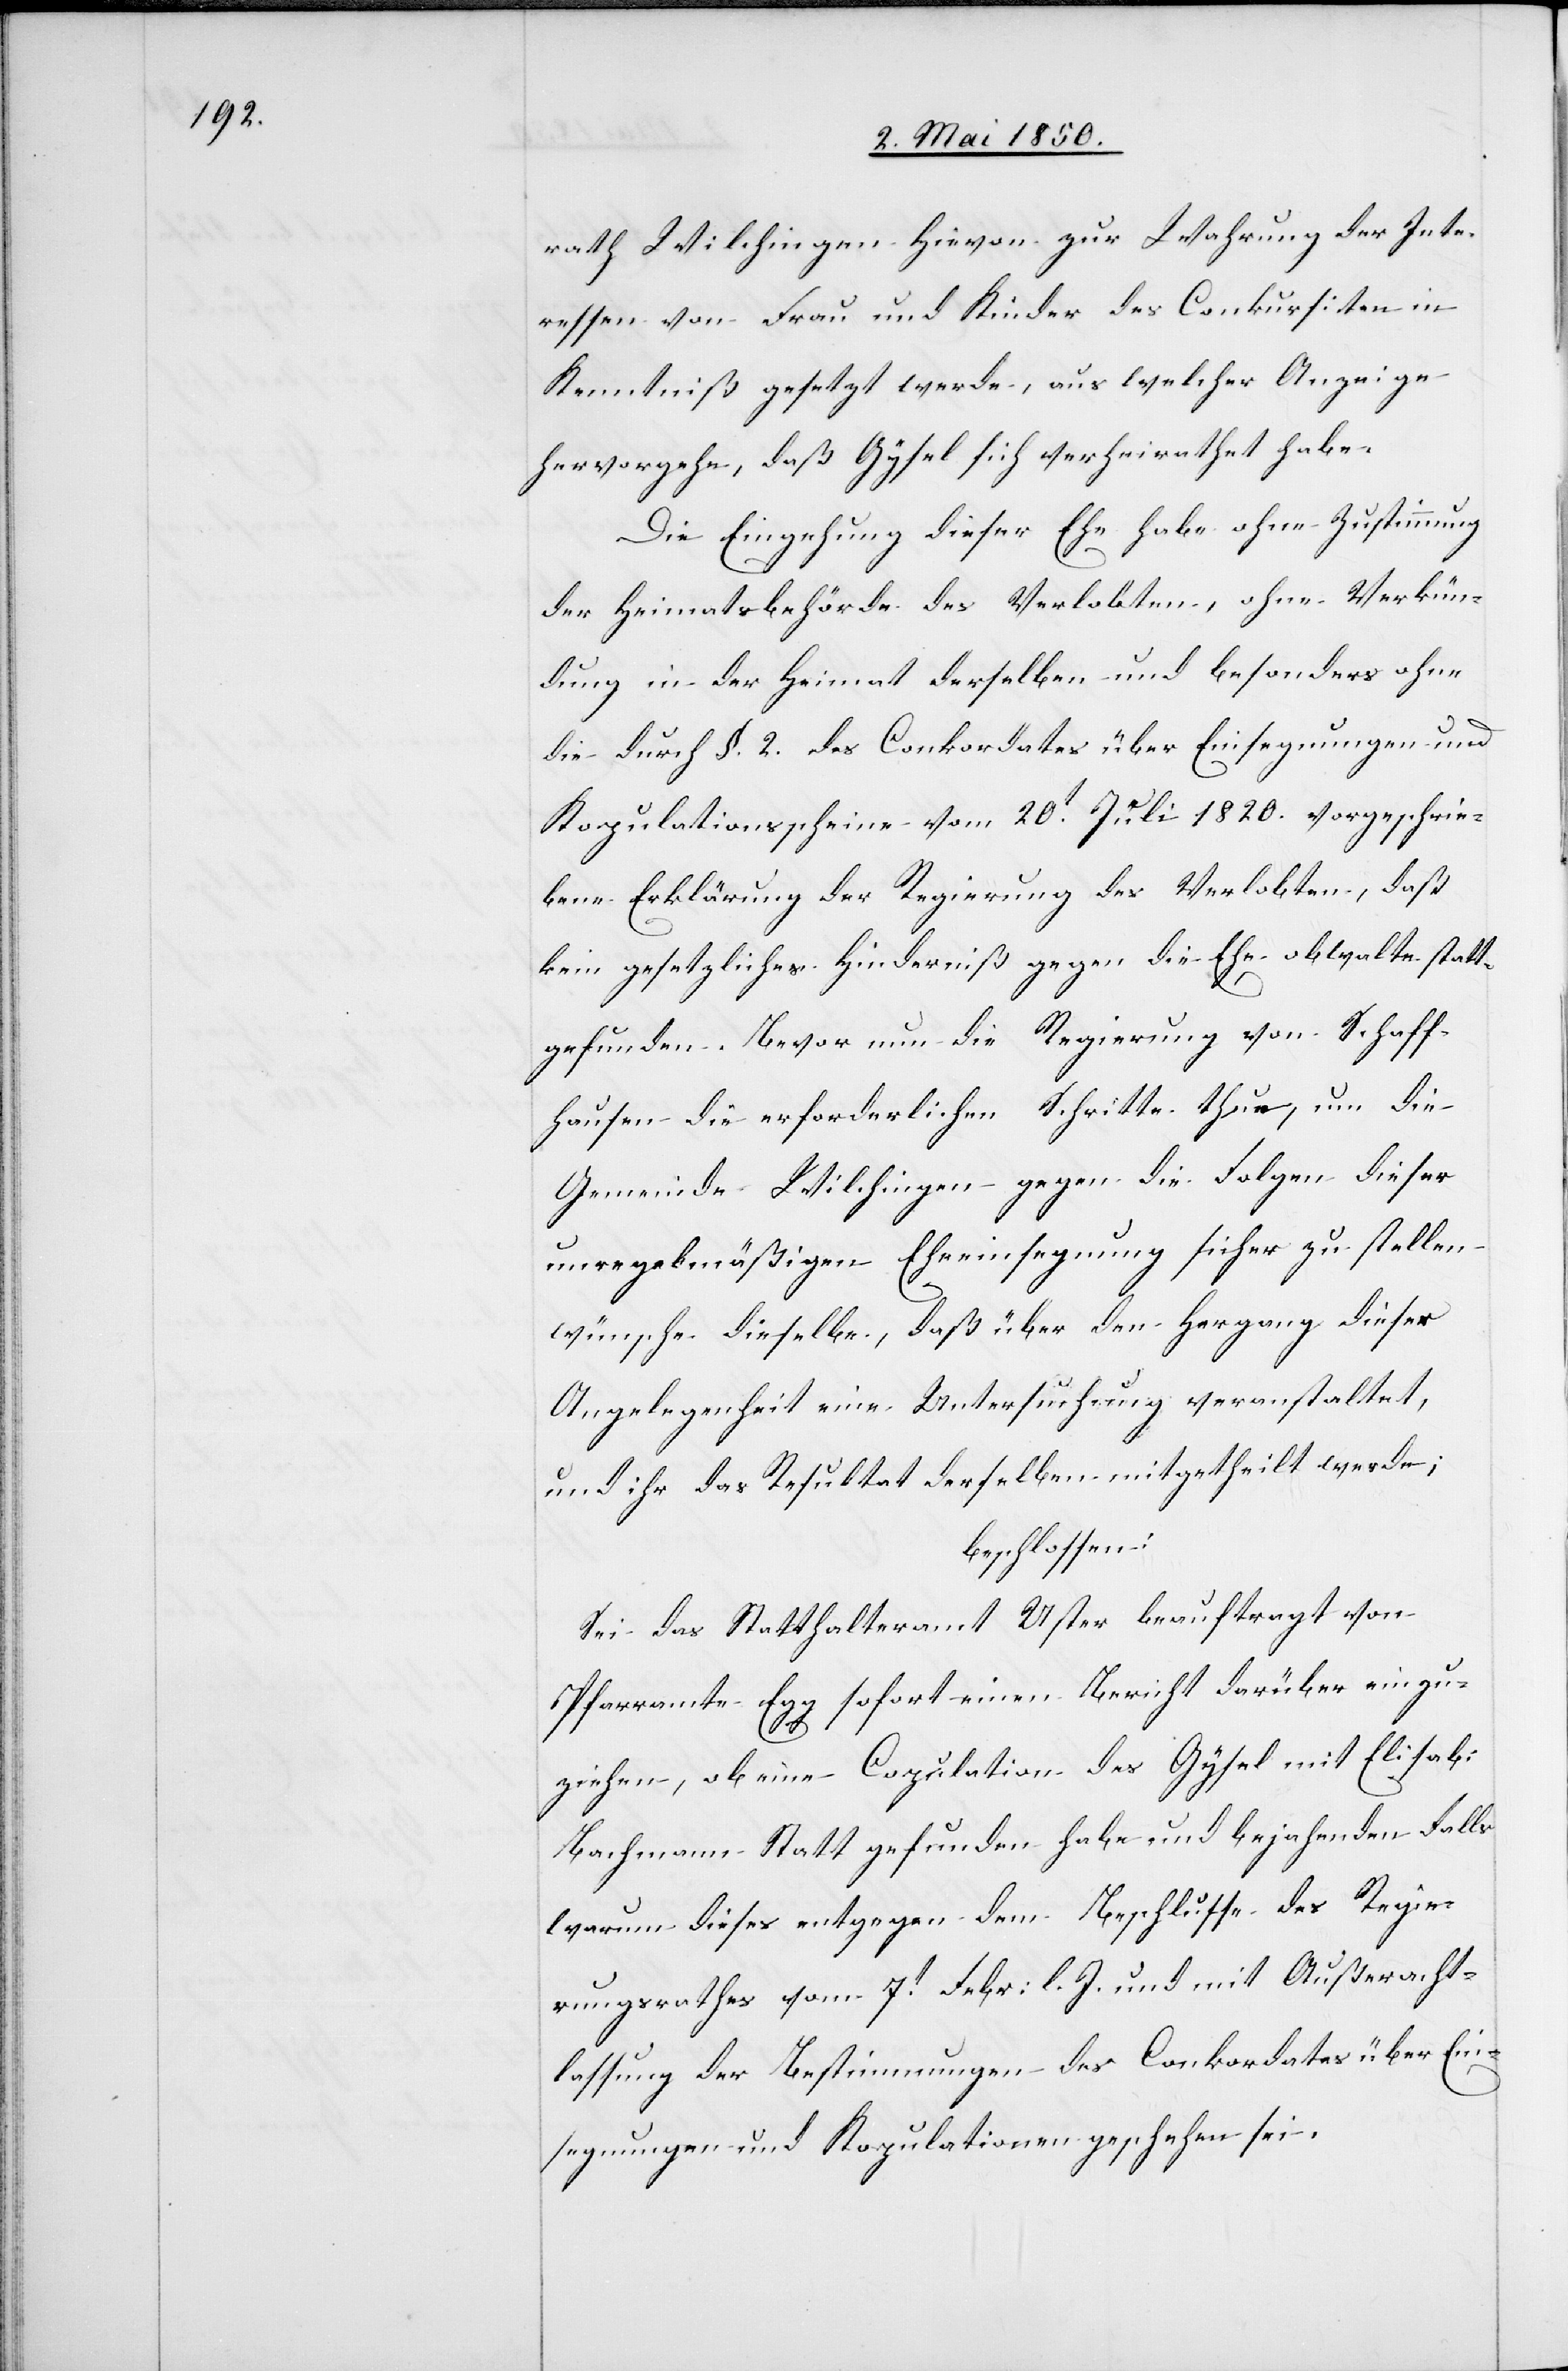
rath Wilchingen hievon zur Wahrung der Inte¬
ressen von Frau und Kinder des Conkursiten in
Kenntniß gesetzt werde, aus welcher Anzeige
hervorgehe, daß Gysel sich verheirathet habe.
Die Eingehung dieser Ehe habe ohne Zustimmung
der Heimatsbehörde des Verlobten, ohne Verkün¬
dung in der Heimat derselben und besonders ohne
die durch §. 2. des Conkordates über Einsegnungen und
Kopulationsscheine vom 20t Juli 1820. vorgeschrie¬
bene Erklärung der Regierung des Verlobten, daß
kein gesetzliches Hinderniß gegen die Ehe obwalte statt¬
gefunden. Bevor nun die Regierung von Schaff¬
hausen die erforderlichen Schritte thue, um die
Gemeinde Wilchingen gegen die Folgen dieser
unregelmäßigen Eheeinsegnung sicher zu stellen
wünsche dieselbe, daß über den Hergang dieser
Angelegenheit eine Untersuchung veranstaltet,
und ihr das Resultat derselben mitgetheilt werde;
beschlossen:
Sei das Statthalteramt Uster beauftragt von
Pfarramte Egg sofort einen Bericht darüber einzu¬
ziehen, ob eine Copulation des Gysel mit Elisab:
Bachmann Statt gefunden habe und bejahenden Falls
warum dieses entgegen dem Beschlusse des Regie¬
rungsrathes vom 7t Febr: l. J. und mit Außeracht¬
lassung der Bestimmungen des Conkordates über Ein¬
segnungen und Kopulationen geschehen sei.